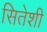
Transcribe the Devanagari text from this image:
सितेशी